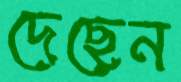
দেছেন